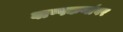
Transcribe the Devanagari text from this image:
बाष्पकणांवर